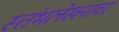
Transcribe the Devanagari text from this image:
स्तंभलेखनावर